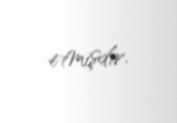
etmişdir.